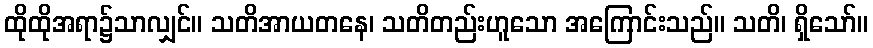
ထိုထိုအရာ၌သာလျှင်။ သတိအာယတနေ၊ သတိတည်းဟူသော အကြောင်းသည်။ သတိ၊ ရှိသော်။